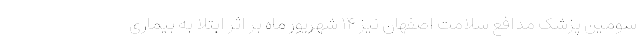
سومین پزشک مدافع سلامت اصفهان نیز ۱۴ شهریور ماه بر اثر ابتلا به بیماری